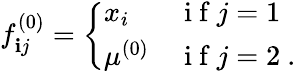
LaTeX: f_{\mathbf{i}j}^{(0)}=\left\{ \begin{array}{ll}{x_{i}}&{\mathrm{~i~f~}j=1}\\ {\mu^{(0)}}&{\mathrm{~i~f~}j=2\ .}\end{array}\right.